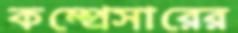
কম্প্রেসারের